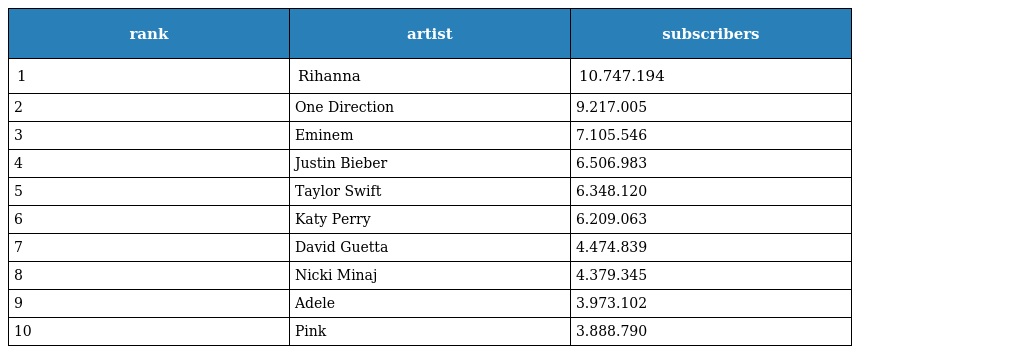
| rank | artist | subscribers |
 | --- | --- | --- |
 | 1 | Rihanna | 10.747.194 |
 | 2 | One Direction | 9.217.005 |
 | 3 | Eminem | 7.105.546 |
 | 4 | Justin Bieber | 6.506.983 |
 | 5 | Taylor Swift | 6.348.120 |
 | 6 | Katy Perry | 6.209.063 |
 | 7 | David Guetta | 4.474.839 |
 | 8 | Nicki Minaj | 4.379.345 |
 | 9 | Adele | 3.973.102 |
 | 10 | Pink | 3.888.790 |